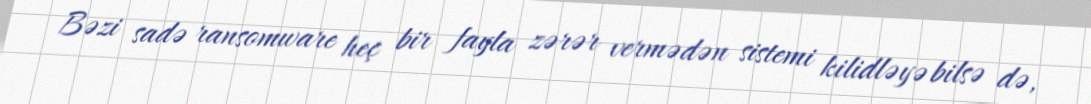
Bəzi sadə ransomware heç bir fayla zərər vermədən sistemi kilidləyə bilsə də,